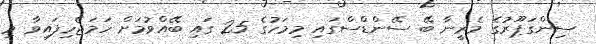
ސިންގަޕޫރުގެ މެރީނާ ބޭ ސޭންޑްސްގައި މިމަހުގެ 25 ގައި ބޭއްވުމަށް ހަމަޖެހިފައިވާ މި